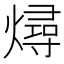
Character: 燖